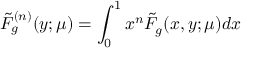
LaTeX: \tilde { F } _ { g } ^ { ( n ) } ( y ; \mu ) = \int _ { 0 } ^ { 1 } x ^ { n } \tilde { F } _ { g } ( x , y ; \mu ) d x